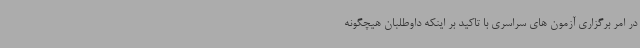
در امر برگزاری آزمون های سراسری با تاکید بر اینکه داوطلبان هیچگونه